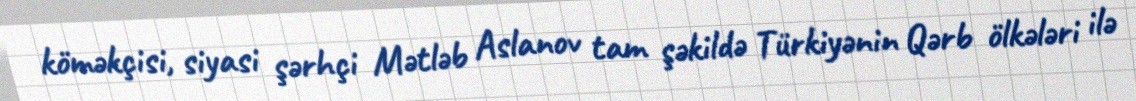
köməkçisi, siyasi şərhçi Mətləb Aslanov tam şəkildə Türkiyənin Qərb ölkələri ilə